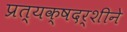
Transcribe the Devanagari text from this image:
प्रत्यक्षदर्शीने